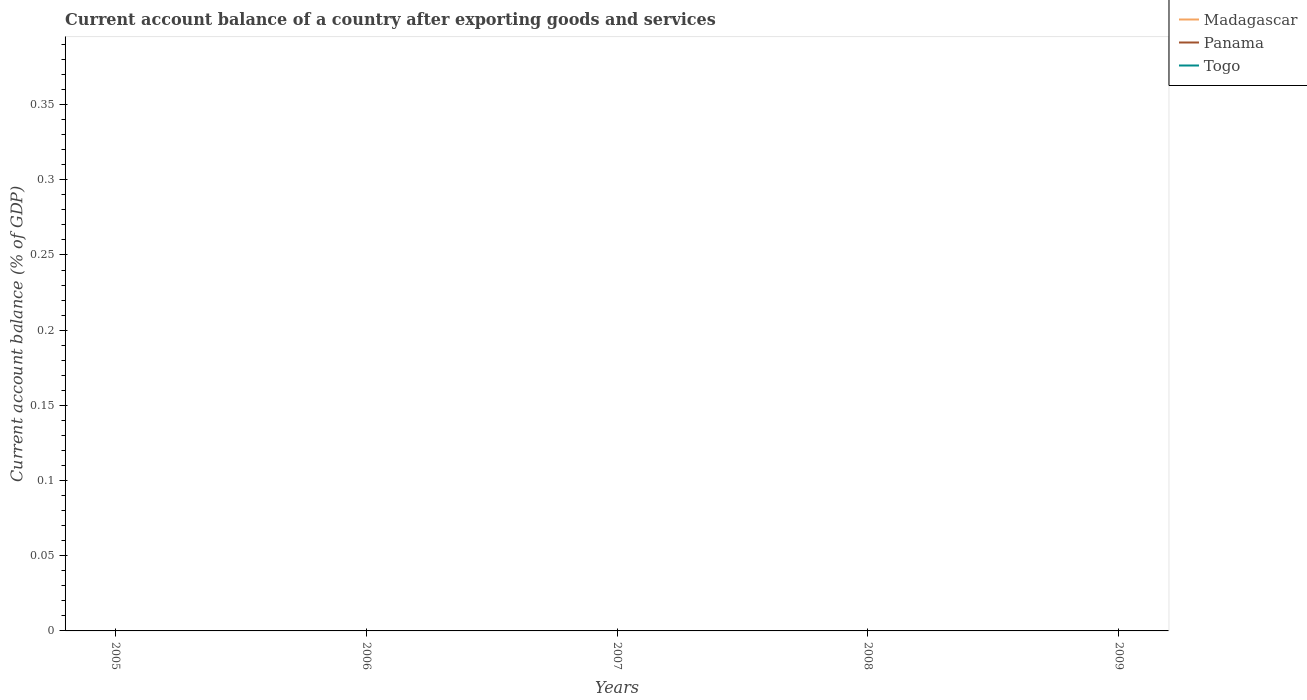
| Years | Madagascar | Panama | Togo |
 | --- | --- | --- | --- |
 | 2005 | -13.8 | -6.61 | -9.64 |
 | 2006 | -10.7 | -2.62 | -8 |
 | 2007 | -12.2 | -6.66 | -8.55 |
 | 2008 | -18.9 | -10.4 | -7.02 |
 | 2009 | -21.1 | -0.628 | -5.59 |